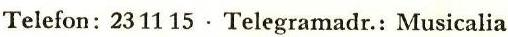
Telefon: 23 11 15 : Telegramadr.: Musicalia